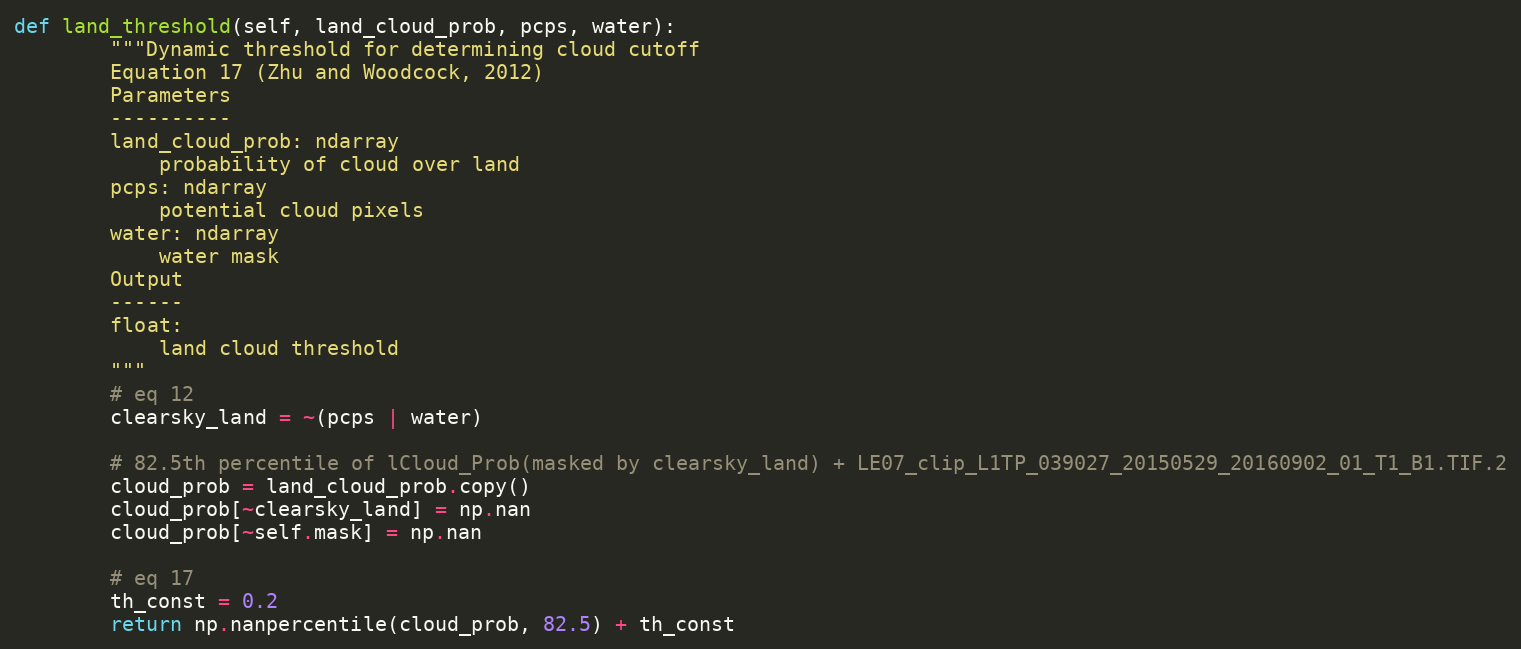
Language: Python
def land_threshold(self, land_cloud_prob, pcps, water):
        """Dynamic threshold for determining cloud cutoff
        Equation 17 (Zhu and Woodcock, 2012)
        Parameters
        ----------
        land_cloud_prob: ndarray
            probability of cloud over land
        pcps: ndarray
            potential cloud pixels
        water: ndarray
            water mask
        Output
        ------
        float:
            land cloud threshold
        """
        # eq 12
        clearsky_land = ~(pcps | water)

        # 82.5th percentile of lCloud_Prob(masked by clearsky_land) + LE07_clip_L1TP_039027_20150529_20160902_01_T1_B1.TIF.2
        cloud_prob = land_cloud_prob.copy()
        cloud_prob[~clearsky_land] = np.nan
        cloud_prob[~self.mask] = np.nan

        # eq 17
        th_const = 0.2
        return np.nanpercentile(cloud_prob, 82.5) + th_const